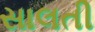
સાલતી